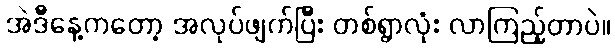
အဲဒီနေ့ကတော့ အလုပ်ဖျက်ပြီး တစ်ရွာလုံး လာကြည့်တာပဲ။